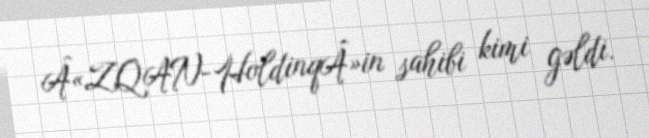
Â«ZQAN-HoldinqÂ»in sahibi kimi gəldi.